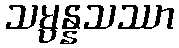
သမ္ပန္နသဿာ